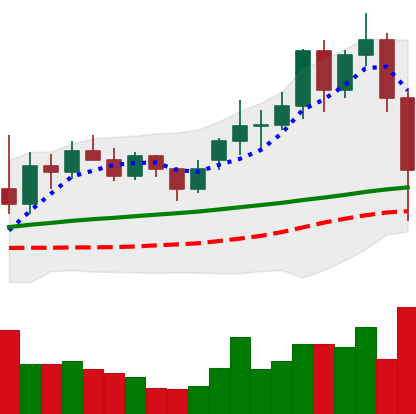
Ticker: LINK-USD
Chart end date: 2020-11-26
Forward return: 6.474%
Label: up_5_7